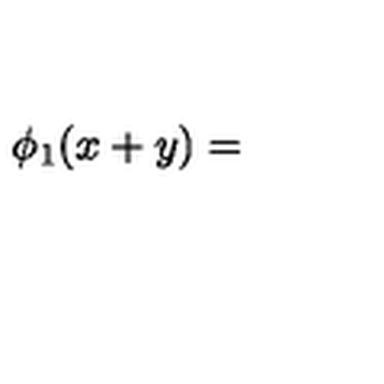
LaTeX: \phi _ { 1 } ( x + y ) =